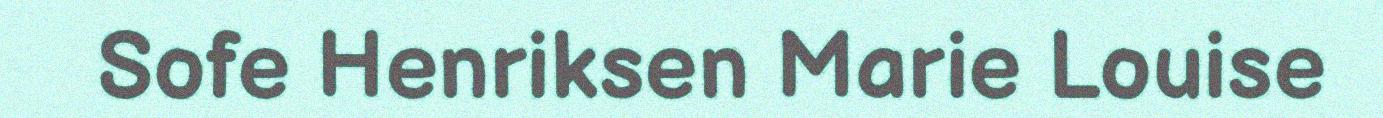
Sofe Henriksen Marie Louise